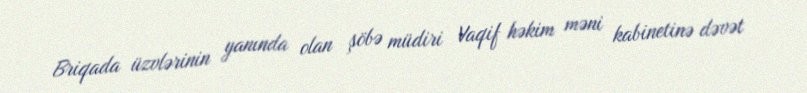
Briqada üzvlərinin yanında olan şöbə müdiri Vaqif həkim məni kabinetinə dəvət